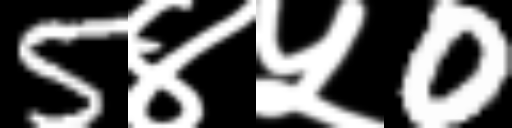
Text: 5४५0